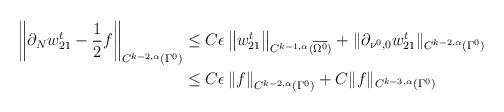
LaTeX: \begin{align*}\left\|\partial_{N} w^t_{21} - \frac 1 2 f \right\|_{C^{k-2,\alpha}(\Gamma^0)} &\le C\epsilon \left\|w^t_{21}\right\|_{C^{k-1,\alpha}(\overline{\Omega^0})} + \| \partial_{\nu^0, 0} w^t_{21} \|_{C^{k-2,\alpha}(\Gamma^0)} \\&\le C\epsilon \left\|f\right\|_{C^{k-2,\alpha}(\Gamma^0)} + C\| f \|_{C^{k-3,\alpha}(\Gamma^0)} \end{align*}